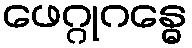
ဖေဂ္ဂုဂန္ဓေ